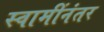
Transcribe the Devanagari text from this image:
स्वामींनंतर